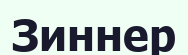
Зиннер